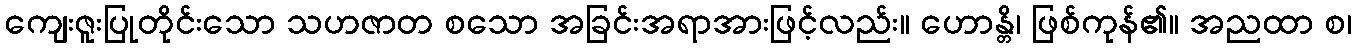
ကျေးဇူးပြုတိုင်းသော သဟဇာတ စသော အခြင်းအရာအားဖြင့်လည်း။ ဟောန္တိ၊ ဖြစ်ကုန်၏။ အညထာ စ၊